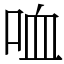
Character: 𠲣